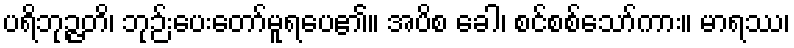
ပရိဘုဉ္ဇတိ၊ ဘုဉ်းပေးတော်မူရပေ၏။ အပိစ ခေါ၊ စင်စစ်သော်ကား။ မာရဿ၊